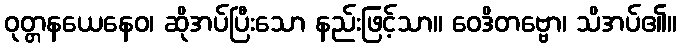
ဝုတ္တနယေနေဝ၊ ဆိုအပ်ပြီးသော နည်းဖြင့်သာ။ ဝေဒိတဗ္ဗော၊ သိအပ်၏။